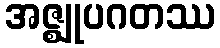
အဇ္ဈုပဂတဿ